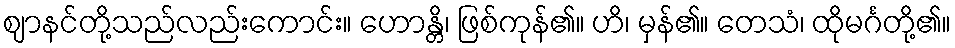
ဈာနင်တို့သည်လည်းကောင်း။ ဟောန္တိ၊ ဖြစ်ကုန်၏။ ဟိ၊ မှန်၏။ တေသံ၊ ထိုမင်္ဂတို့၏။